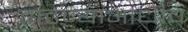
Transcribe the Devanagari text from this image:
वाढण्याआधीच